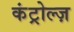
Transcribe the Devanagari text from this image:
कंट्रोल्ज़